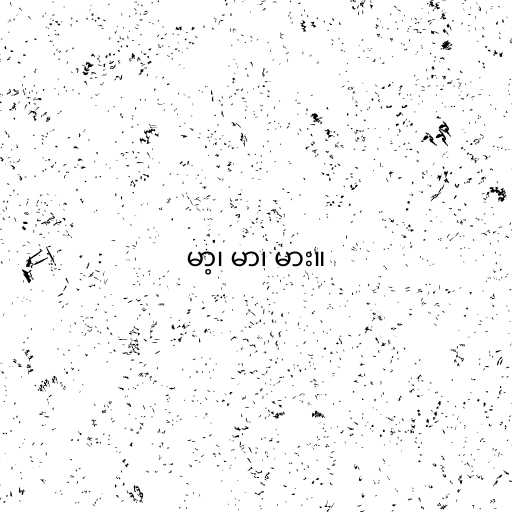
မာ့၊ မာ၊ မား။